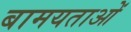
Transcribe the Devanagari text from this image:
बामयताओं